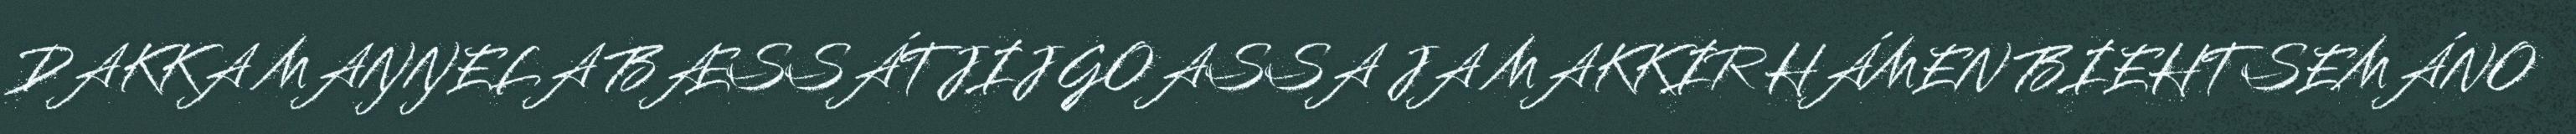
DAKKA MAŊŊELA BÆSSÁTJIJ GOASSA JA MAKKIR HÁMEN BIEHTSEMÁNO